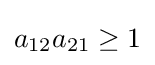
a_{12}a_{21}\geq 1